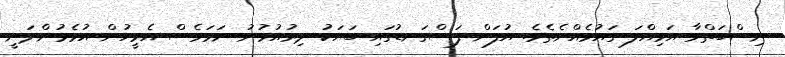
ނިސްބަތްވާ އަމިއްލަ ގައުމެއްނެތެވެ. އުފަން ފަސްގަނޑުގައި ބަޔަކު ދިރުއުޅުނު ނަމަވެސް އެމީހުން އުޅެމުންދަނީ